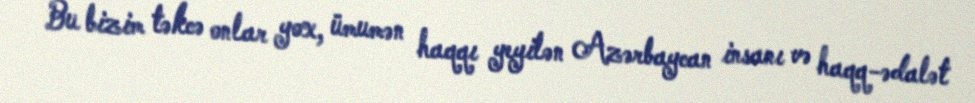
Bu bizim təkcə onlar yox, ümumən haqqı yeyilən Azərbaycan insanı və haqq-ədalət